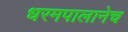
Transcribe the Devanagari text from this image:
धरमपालानेच